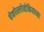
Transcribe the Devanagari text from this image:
चेकोस्लोव्हेकियाच्या